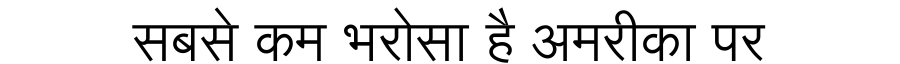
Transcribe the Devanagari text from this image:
सबसे कम भरोसा है अमरीका पर